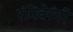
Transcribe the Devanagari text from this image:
रंगिबेरंगी